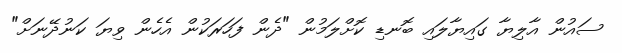
ސައުން އާލިޔާ ގައިޔާލައި ބޮނޑި ކޮށްލަމުން "ދެން ފަހަރަކުން އެހެން ވިޔަ ކަނުދޭނަށް"